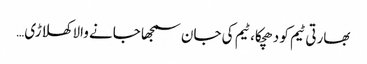
بھارتی ٹیم کو دھچکا، ٹیم کی جان سمجھا جانے والا کھلاڑی…